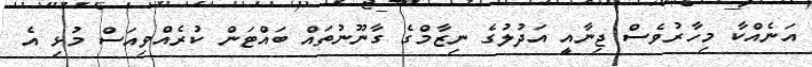
އަނެއްކާ މިހާރުވެސް ޖިނާއީ އަދުލުގެ ނިޒާމްގެ ގާނޫނުތައް ބައްޓަން ކުރެއްވިއަސް މުޅި އެ